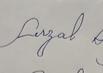
Signature authenticity: genuine